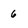
Character: 6